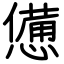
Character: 憊